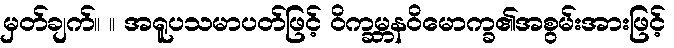
မှတ်ချက်။ ။ အရူပသမာပတ်ဖြင့် ဝိက္ခမ္ဘနဝိမောက္ခ၏အစွမ်းအားဖြင့်